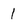
Character: 1